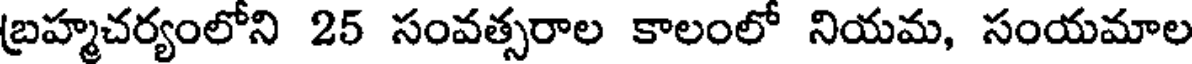
బ్రహ్మచర్యంలోని 25 సంవత్సరాల కాలంలో నియమ, సంయమాల